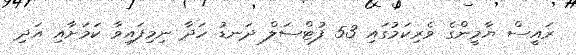
ރައީސް ޔާމީންގެ ވެރިކަމުގައި 53 ފުޓްސަލް ދަނޑު ހަދާ ނިމިފައިވާ ކަމަށާއި އަދި